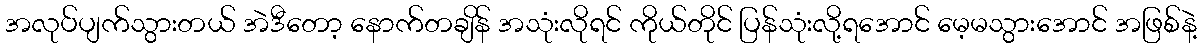
အလုပ်ပျက်သွားတယ် အဲဒီတော့ နောက်တချိန် အသုံးလိုရင် ကိုယ်တိုင် ပြန်သုံးလို့ရအောင် မေ့မသွားအောင် အဖြစ်နဲ့